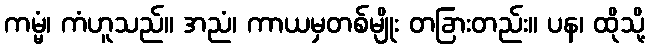
ကမ္မံ၊ ကံဟူသည်။ အညံ၊ ကာယမှတစ်မျိုး တခြားတည်း။ ပန၊ ထိုသို့